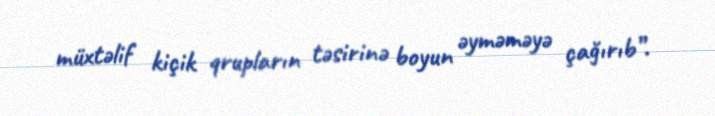
müxtəlif kiçik qrupların təsirinə boyun əyməməyə çağırıb”.